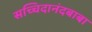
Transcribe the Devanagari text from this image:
सच्चिदानंदबाबा